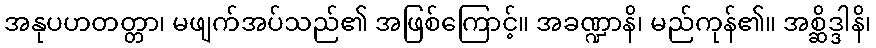
အနုပဟတတ္တာ၊ မဖျက်အပ်သည်၏ အဖြစ်ကြောင့်။ အခဏ္ဍာနိ၊ မည်ကုန်၏။ အစ္ဆိဒ္ဒါနိ၊